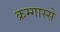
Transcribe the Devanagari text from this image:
क्रम्गास्से